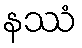
နဿံ